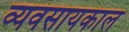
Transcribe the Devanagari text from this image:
व्यवसायकाल